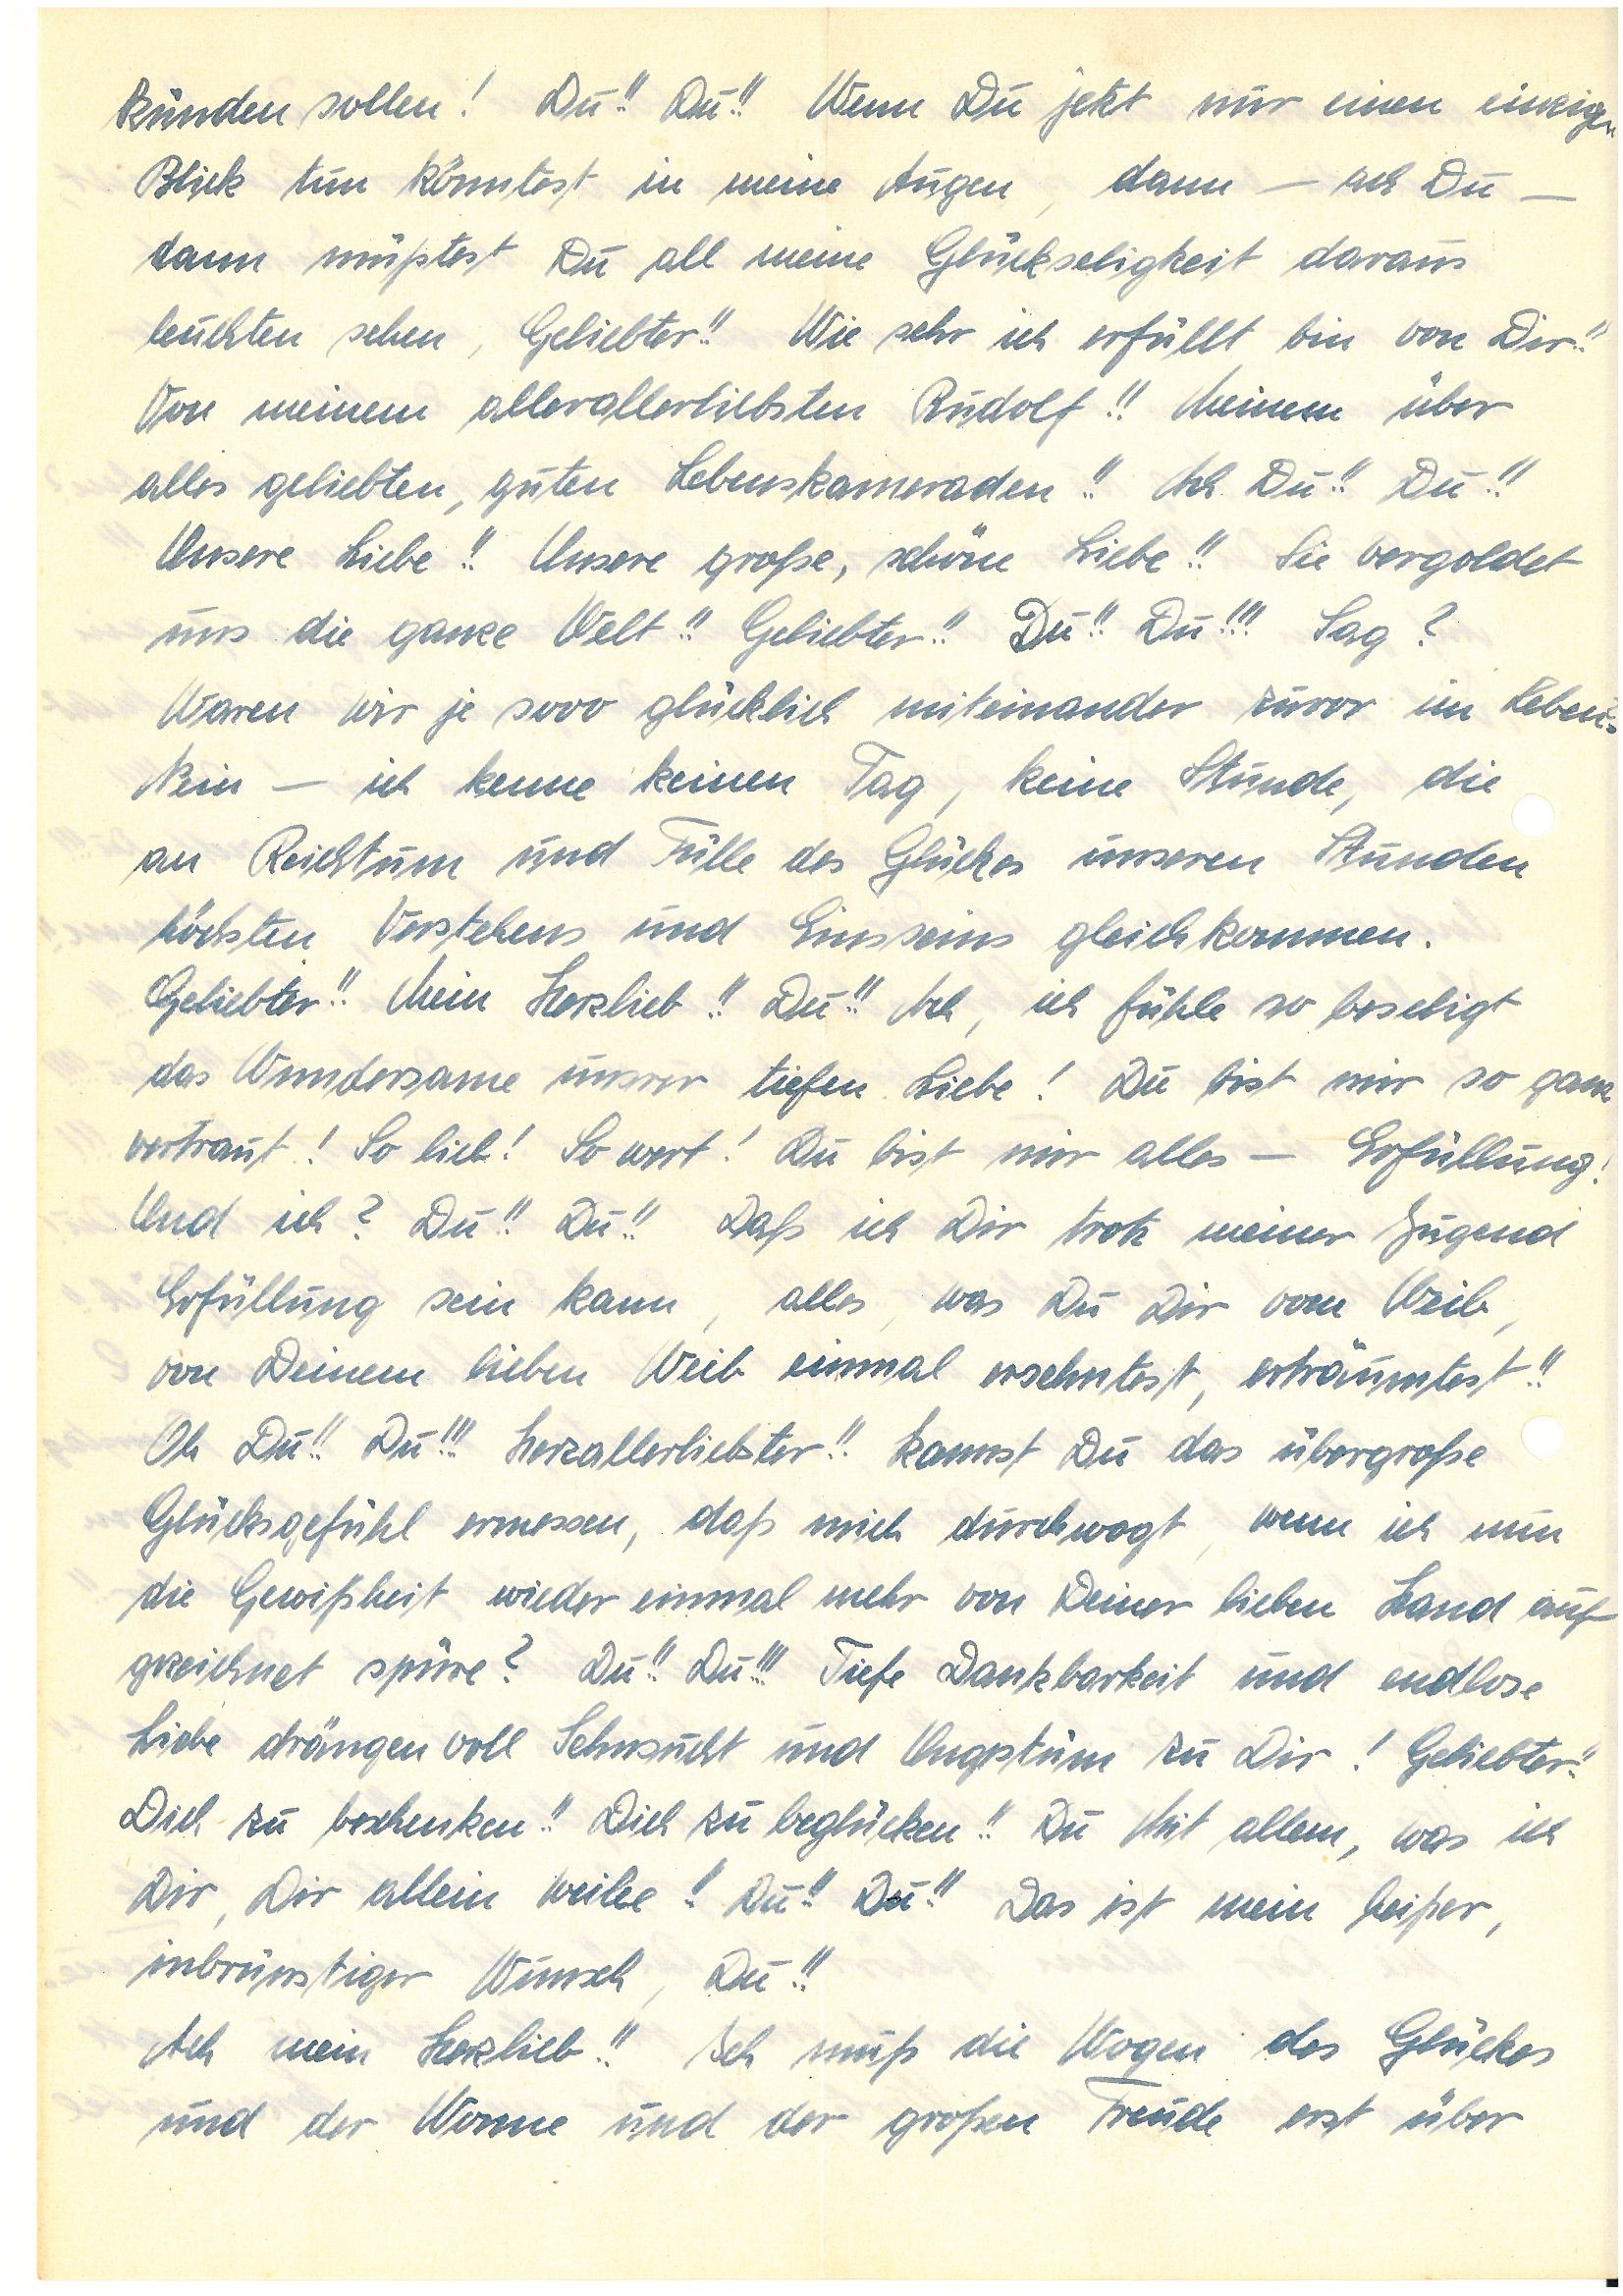
künden sollen! Du!! Du!! Wenn Du jetzt nur einen einzigen
Blick tun könntest in meine Augen, dann – ach Du –
dann müßtest Du all meine Glückseligkeit daraus
leuchten sehen, Geliebter!! Wie sehr ich erfüllt bin von Dir!!
Von meinem allerallerliebsten !! Meinem über
alles geliebten, guten Lebenskameraden!! Ach Du!! Du!!
Unsere Liebe!! Unsere große, schöne Liebe!! Sie vergoldet
uns die ganze Welt!! Geliebter!! Du!! Du!!! Sag?
Waren wir je sooo glücklich miteinander zuvor im Leben?
Nein – ich kenne keinen Tag, keine Stunde, die
an Reichtum und Fülle des Glückes unseren Stunden
höchsten Verstehens und Einsseins gleichkommen.
Geliebter!! Mein Herzlieb!! Du!! Ach, ich fühle so beseligt
das Wundersame unserer tiefen Liebe! Du bist mir so ganz
vertraut! So lieb! So wert! Du bist mir alles – Erfüllung!
Und ich? Du!! Du!! Daß ich Dir trotz meiner Jugend
Erfüllung sein kann, alles, was Du Dir vom Weib,
von Deinem lieben Weib einmal ersehntest, erträumtest!!
Oh Du!! Du!!! Herzallerliebster!! Kannst Du das übergroße
Glücksgefühl ermessen, daß mich durchwogt, wenn ich nun
die Gewißheit wieder einmal mehr von Deiner lieben Hand auf¬
gezeichnet spüre? Du!! Du!!! Tiefe Dankbarkeit und endlose
Liebe drägen voll Sehnsucht und Ungestüm zu Dir! Geliebter!!
Dich zu beschenken!! Dich zu beglücken!! Du Mit allem, was ich
Dir, Dir allein weihe!! Du!! Du!! Das ist mein heißer,
inbrünstiger Wunsch, Du!!
Ach, mein Herzlieb!! Ich muß die Wogen des Glückes
und der Wonne und der großen Freude erst über